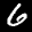
Label: 6